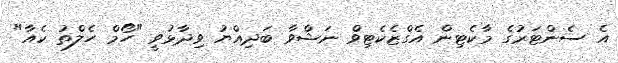
އެ ސެންޓަރުގެ މާކެޓިން އެގްޒެކެޓިވް ނަޝްވާ ބަދިއްޔު ވިދާޅުވީ "ހޯމް ހެލްތު ކެއާ"